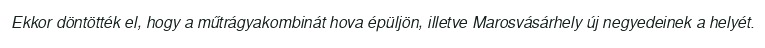
Ekkor döntötték el, hogy a műtrágyakombinát hova épüljön, illetve Marosvásárhely új negyedeinek a helyét.